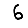
Digit: 6